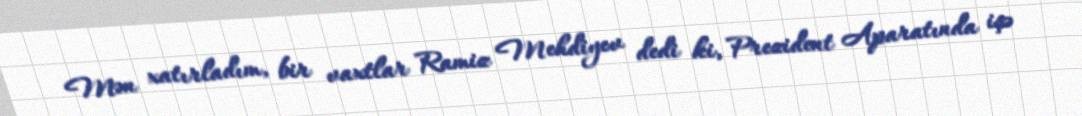
Mən xatırladım, bir vaxtlar Ramiz Mehdiyev dedi ki, Prezident Aparatında işə